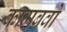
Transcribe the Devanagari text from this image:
कामबवो